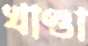
খাণ্ডা